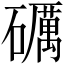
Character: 礪